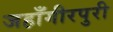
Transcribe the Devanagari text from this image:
जहाँगीरपुरी